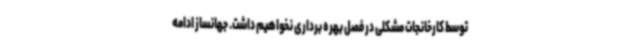
توسط کارخانجات مشکلی در فصل بهره برداری نخواهیم داشت. جهانساز ادامه